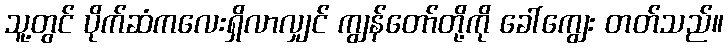
သူ့တွင် ပိုက်ဆံကလေးရှိလာလျှင် ကျွန်တော်တို့ကို ခေါ်ကျွေး တတ်သည်။